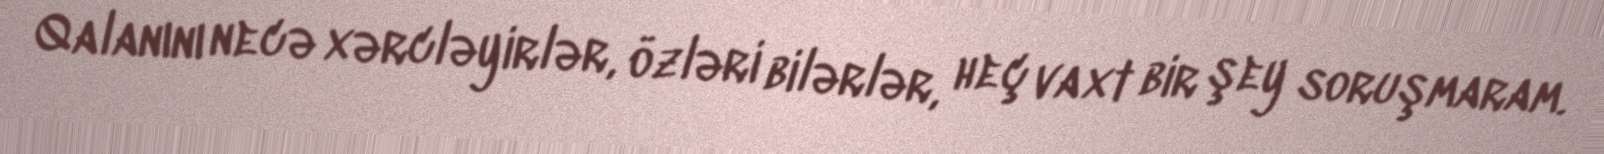
Qalanını necə xərcləyirlər, özləri bilərlər, heç vaxt bir şey soruşmaram.